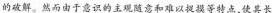
的破解。然而由于意识的主观随意和难以捉摸等特点，使其长